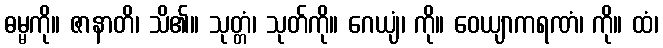
ဓမ္မကို။ ဇာနာတိ၊ သိ၏။ သုတ္တံ၊ သုတ်ကို။ ဂေယျံ၊ ကို။ ဝေယျာကရဏံ၊ ကို။ ထံ၊